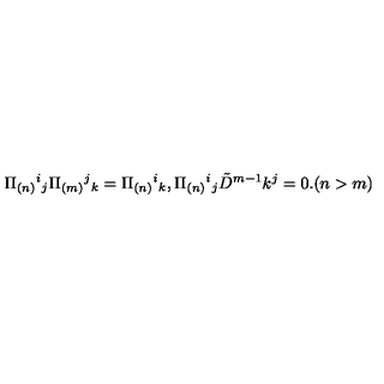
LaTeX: \Pi _ { ( n ) } { } ^ { i } { } _ { j } \Pi _ { ( m ) } { } ^ { j } { } _ { k } = \Pi _ { ( n ) } { } ^ { i } { } _ { k } , \Pi _ { ( n ) } { } ^ { i } { } _ { j } \tilde { D } ^ { m - 1 } k ^ { j } = 0 . ( n > m )